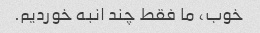
خوب، ما فقط چند انبه خوردیم.